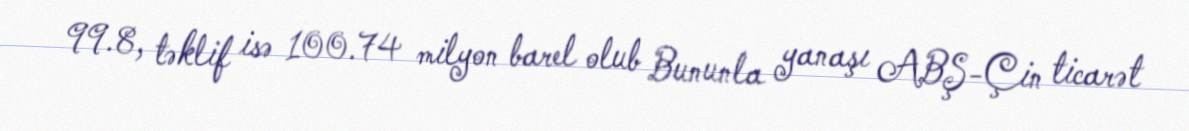
99.8, təklif isə 100.74 milyon barel olub Bununla yanaşı ABŞ-Çin ticarət